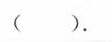
()。